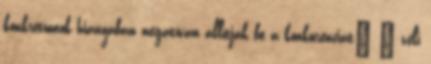
konkrétumok hiányában negatívan állítják be a konkurenciát” – véli